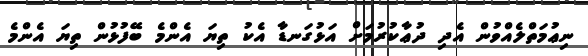
ނިޢުމަތްލެއްވުން އެދި ދުޢާކުރުމަށް އަޅުގަނޑާ އެކު ތިޔަ އެންމެ ބޭފުޅުން ތިޔަ އެންމެ